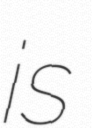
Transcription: is